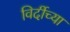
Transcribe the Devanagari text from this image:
विर्दीच्या